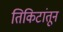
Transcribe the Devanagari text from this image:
तिकिटांतून